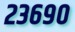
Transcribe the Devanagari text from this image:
२३६९०